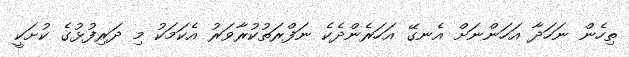
ތިހެން ނަހަދާ އަހަންނަށް އެނގޭ އަހަރެންދެކެ ނަފްރަތުކުރާވަރު އެކަމަކު މި ދަރިފުޅުގެ ކުށަކީ